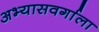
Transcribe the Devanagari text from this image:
अभ्यासवर्गाला